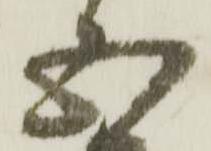
五